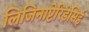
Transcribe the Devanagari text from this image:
लिजिनाप्टेरिडेसिई